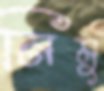
নিমু